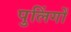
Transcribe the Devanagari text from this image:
पुलिंगों